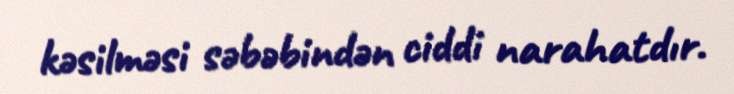
kəsilməsi səbəbindən ciddi narahatdır.